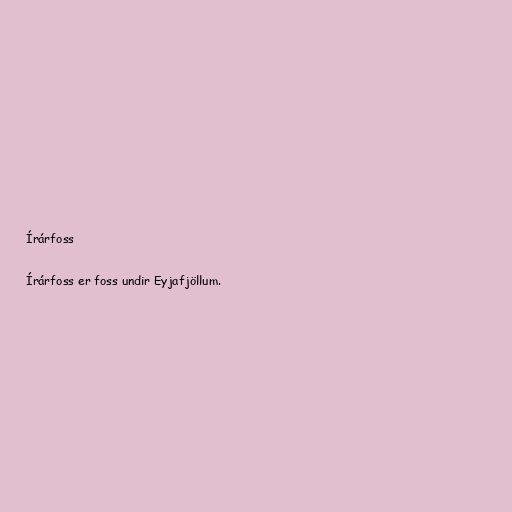
Írárfoss

Írárfoss er foss undir Eyjafjöllum.